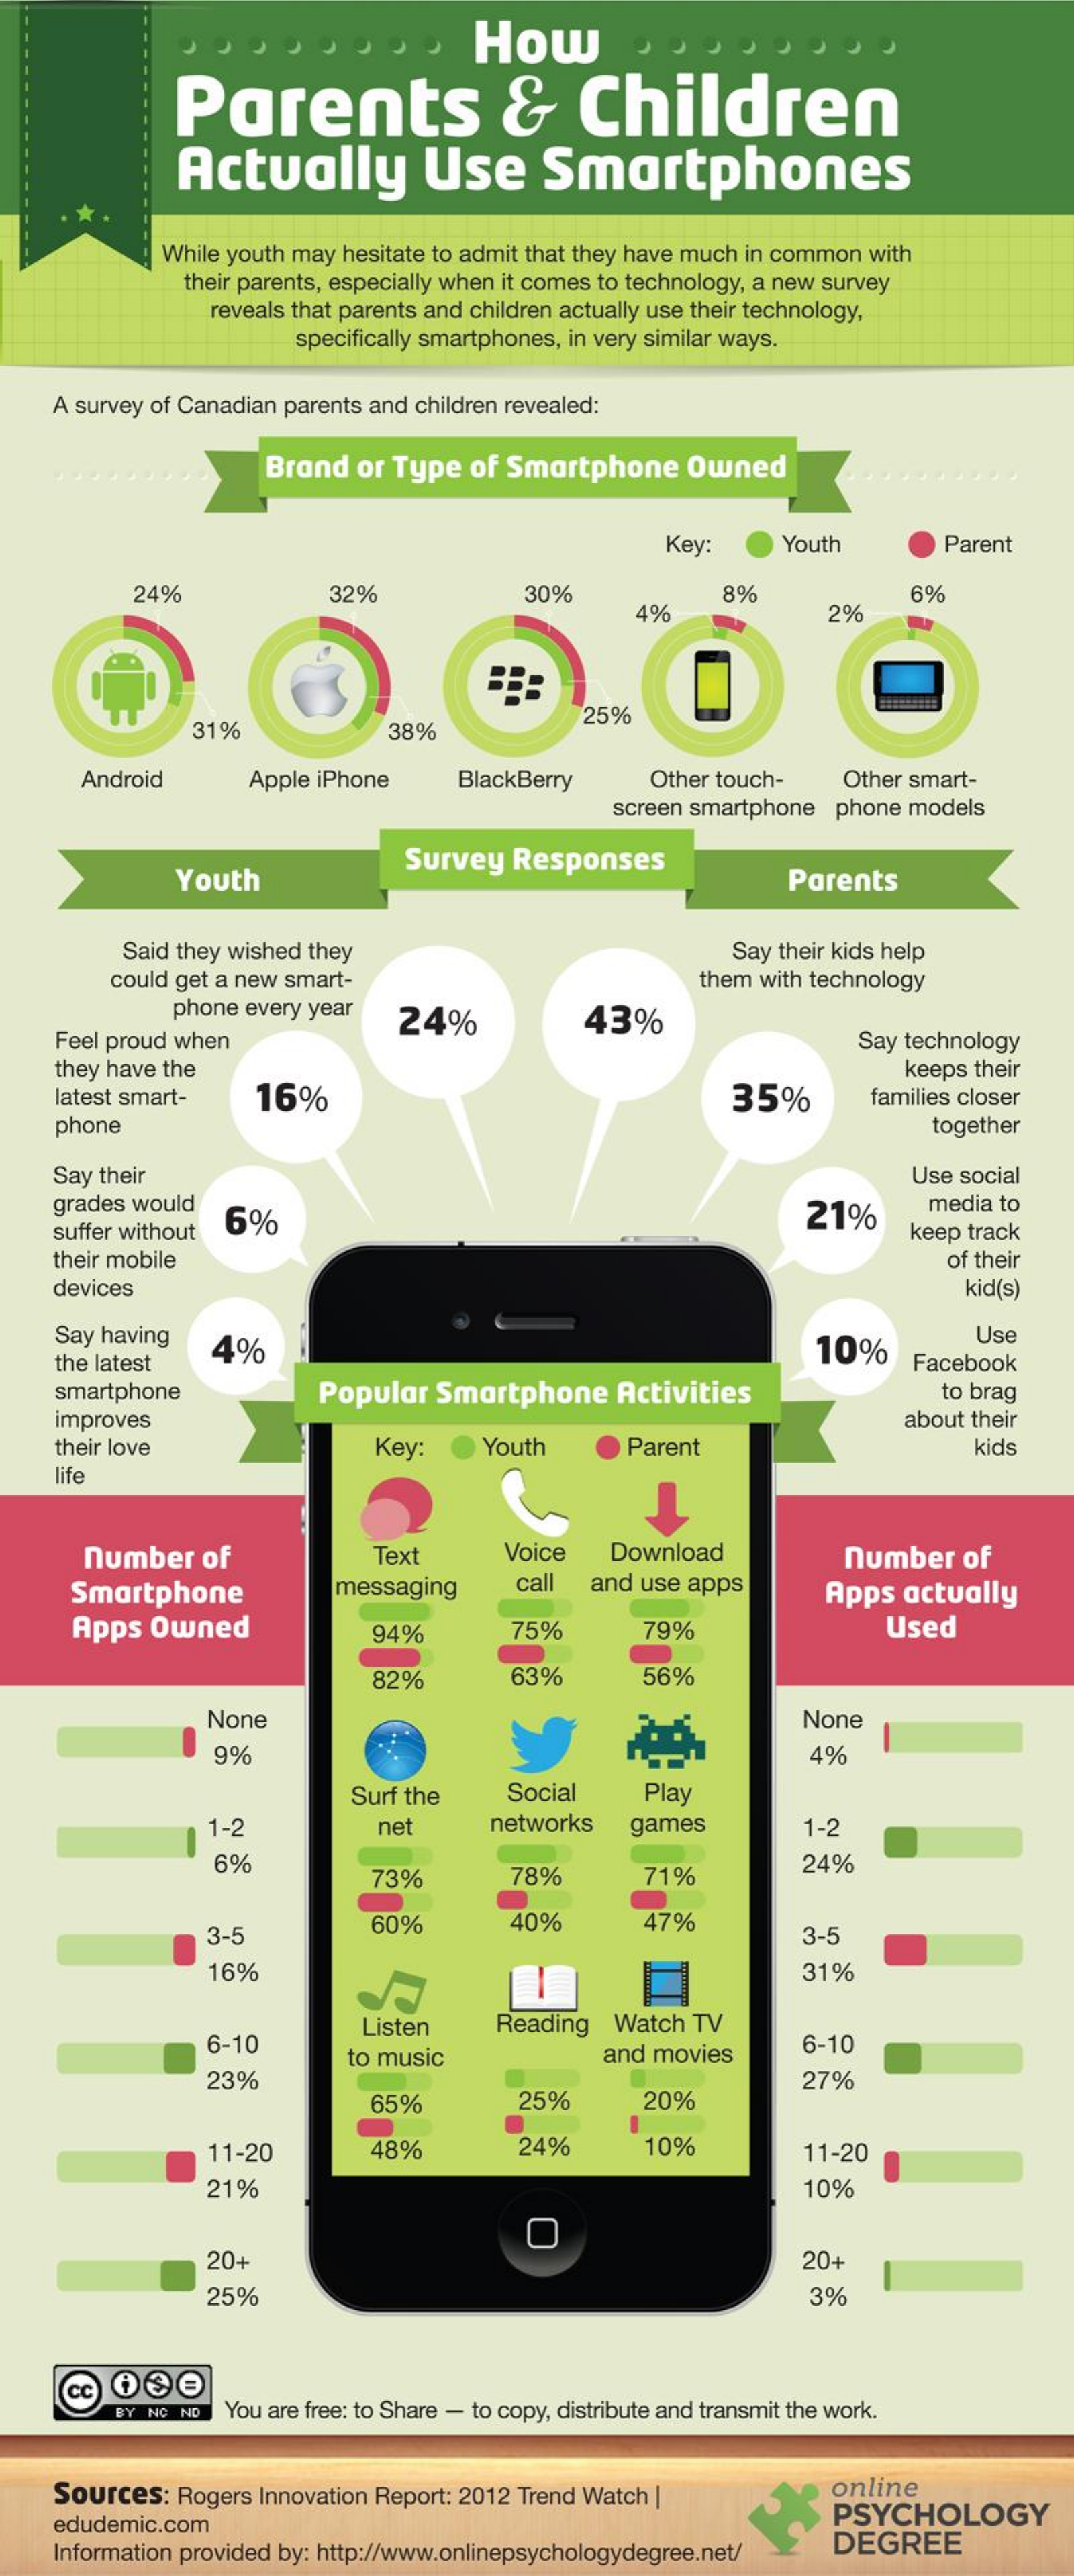
How
     Parents    &    Children
     Actually    Use    Smartphones
     While youth may hesitate to admit that they have much in common with
     their parents, especially when it comes to technology, a new survey
     reveals that parents and children actually use their technology,
     specifically smartphones, in very similar ways.
    A survey of Canadian parents and children revealed:
     Brand or Type of Smartphone   Owned
     Key:    Youth    Parent
     24%    32%    30%
     4%
     8%
     2%
     6%
     31%    38%
     25%
     Android    Apple iPhone    BlackBerry    Other touch-  Other smart-
     screen smartphone phone models
     Youth
     Survey Responses
     Parents
     Said they wished they    Say their kids help
     could get a new smart-    them with technology
     phone every year
    Feel proud when
     24%    43%
     Say technology
    they have the    keeps their
    latest smart-  16%    35%    families closer
    phone    together
    Say their    Use social
    grades would
    suffer without 6%    21%    media to
     keep track
    their mobile    of their
    devices    kid(s)
     Say having
    the latest
     4%    10%
     Use
     Facebook
    smartphone    Popular  Smartphone   Activities    to brag
    improves    about their
    their love    Key:    Youth    Parent    kids
    life
     number   of    Text    Voice   Download    number  of
     Smartphone    messaging    call and use apps
     Apps Owned
     Apps  actually
     94%    75%    79%    Used
     82%    63%    56%
     None    None
     9%    4%
     Surf the   Social    Play
     1-2    net    networks  games    1-2
     5%
     73%    78%    71%
     24%
     3-5    60%    40%    47%
     3-5
     16%    31%
     6-10
     Listen   Reading  Watch TV
     to music    and movies    6-10
     23%
     25%    20%
     27%
     65%
     11-20    48%    24%    10%    11-20
     21%    10%
     20+    20+
     25%    3%
     CC
     BY NC ND You are free: to Share - to copy, distribute and transmit the work.
    Sources: Rogers Innovation Report: 2012 Trend Watch |    online
    edudemic.com    PSYCHOLOGY
    Information provided by: http://www.onlinepsychologydegree.net/ DEGREE